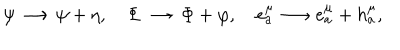
\psi \longrightarrow \psi + \eta , \Phi \longrightarrow \Phi + \varphi , e _ { a } ^ { \mu } \longrightarrow e _ { a } ^ { \mu } + h _ { a } ^ { \mu } ,